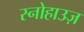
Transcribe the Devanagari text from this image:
स्नोहाउज़